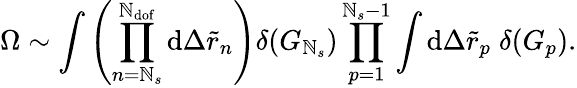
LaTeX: \Omega\sim\int{\left(\prod_{n=\mathbb{N}_{s}}^{\mathbb{N}_{\mathrm{{dof}}}}{\mathrm{{d}}\Delta\tilde{{r}}_{n}}\right)\delta(G_{\mathbb{N}_{s}})\prod_{p=1}^{\mathbb{N}_{s}-1}{\int{\mathrm{{d}}\Delta\tilde{{r}}_{p}\; \delta(G_{p})}}}.